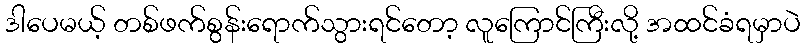
ဒါပေမယ့် တစ်ဖက်စွန်းရောက်သွားရင်တော့ လူကြောင်ကြီးလို့ အထင်ခံရမှာပဲ